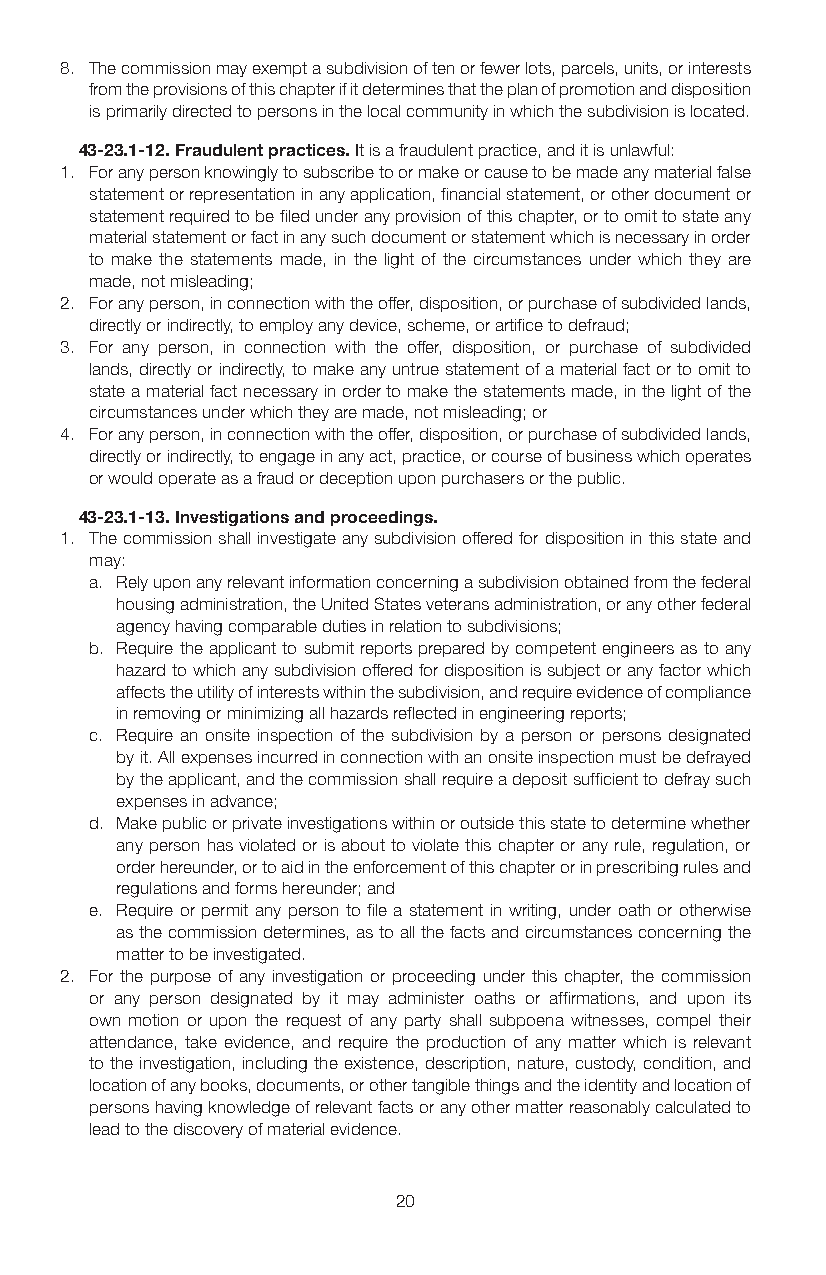
8. The commission may exempt a subdivision of ten or fewer lots, parcels, units, or interests
 from the provisions of this chapter if it determines that the plan of promotion and disposition
 is primarily directed to persons in the local community in which the subdivision is located.
 43-23.1-12. Fraudulent practices. It is a fraudulent practice, and it is unlawful:
 1. For any person knowingly to subscribe to or make or cause to be made any material false
 statement or representation in any application, financial statement, or other document or
 statement required to be filed under any provision of this chapter, or to omit to state any
 material statement or fact in any such document or statement which is necessary in order
 to make the statements made, in the light of the circumstances under which they are
 made, not misleading;
 2. For any person, in connection with the offer, disposition, or purchase of subdivided lands,
 directly or indirectly, to employ any device, scheme, or artifice to defraud;
 3. For any person, in connection with the offer, disposition, or purchase of subdivided
 lands, directly or indirectly, to make any untrue statement of a material fact or to omit to
 state a material fact necessary in order to make the statements made, in the light of the
 circumstances under which they are made, not misleading; or
 4. For any person, in connection with the offer, disposition, or purchase of subdivided lands,
 directly or indirectly, to engage in any act, practice, or course of business which operates
 or would operate as a fraud or deception upon purchasers or the public.
 43-23.1-13. Investigations and proceedings.
 1. The commission shall investigate any subdivision offered for disposition in this state and
 may:
 a. Rely upon any relevant information concerning a subdivision obtained from the federal
 housing administration, the United States veterans administration, or any other federal
 agency having comparable duties in relation to subdivisions;
 b. Require the applicant to submit reports prepared by competent engineers as to any
 hazard to which any subdivision offered for disposition is subject or any factor which
 affects the utility of interests within the subdivision, and require evidence of compliance
 in removing or minimizing all hazards reflected in engineering reports;
 c. Require an onsite inspection of the subdivision by a person or persons designated
 by it. All expenses incurred in connection with an onsite inspection must be defrayed
 by the applicant, and the commission shall require a deposit sufficient to defray such
 expenses in advance;
 d. Make public or private investigations within or outside this state to determine whether
 any person has violated or is about to violate this chapter or any rule, regulation, or
 order hereunder, or to aid in the enforcement of this chapter or in prescribing rules and
 regulations and forms hereunder; and
 e. Require or permit any person to file a statement in writing, under oath or otherwise
 as the commission determines, as to all the facts and circumstances concerning the
 matter to be investigated.
 2. For the purpose of any investigation or proceeding under this chapter, the commission
 or any person designated by it may administer oaths or affirmations, and upon its
 own motion or upon the request of any party shall subpoena witnesses, compel their
 attendance, take evidence, and require the production of any matter which is relevant
 to the investigation, including the existence, description, nature, custody, condition, and
 location of any books, documents, or other tangible things and the identity and location of
 persons having knowledge of relevant facts or any other matter reasonably calculated to
 lead to the discovery of material evidence.
 20